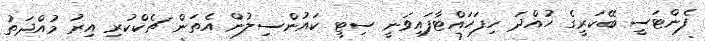
ފެންޓަސީ ބޭކަރީގެ ހުއްދަ ހިފަހައްޓާފައިވަނީ ސިޓީ ކައުންސިލުން އެތަން ޗެކްކުރި އިރު މުއްދަތު